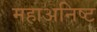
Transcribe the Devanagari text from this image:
महाअनिष्ट